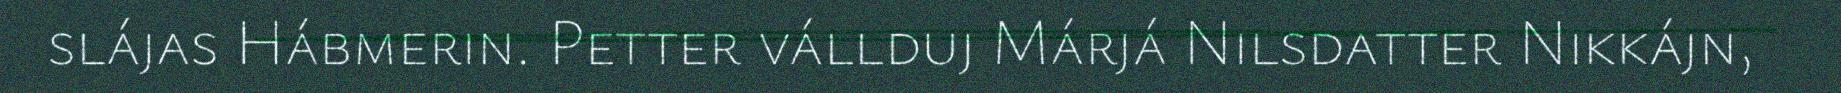
slájas Hábmerin. Petter vállduj Márjá Nilsdatter Nikkájn,